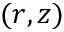
( r , z )